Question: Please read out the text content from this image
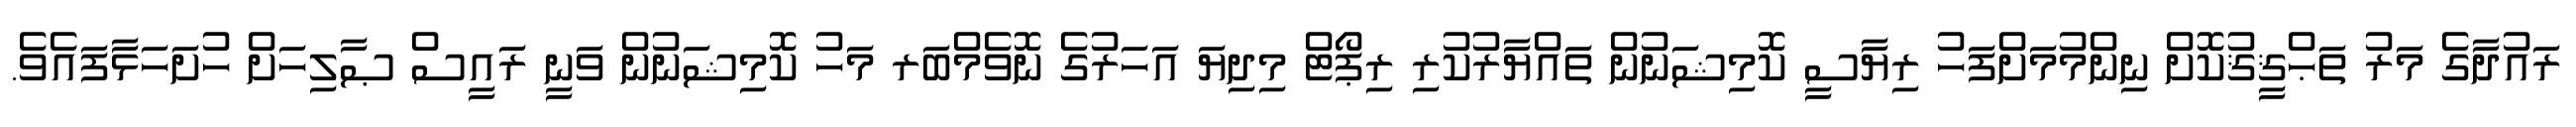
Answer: ރައުދާގެ މަރު ތަޙްޤީޤުކޮށް ނިންމުމަށްފަހު ރިޔާސީ ކޮމިޝަނުން ތައްޔާރުކުރި ރިޕޯޓް މިދިޔަ އަހަރުގެ ނޮވެމްބަރ މަހު ކޮމިޝަނުން ވަނީ ރައީސް ޞާލިހަށް ހުށަހަޅާފައެވެ.